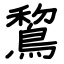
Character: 鵹